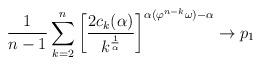
LaTeX: \begin{align*}\frac{1}{n-1}\sum_{k=2}^n\left[\frac{2c_k(\alpha)}{k^{\frac{1}{\alpha}}}\right]^{\alpha(\varphi^{n-k}\omega) - \alpha} \rightarrow p_1\end{align*}